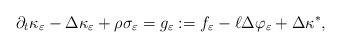
LaTeX: \begin{align*} \partial_t\kappa_{\varepsilon} - \Delta \kappa_{\varepsilon} + \rho\sigma_{\varepsilon}= g_{\varepsilon} := f_{\varepsilon} - \ell \Delta \varphi_{\varepsilon} + \Delta \kappa^*,\end{align*}